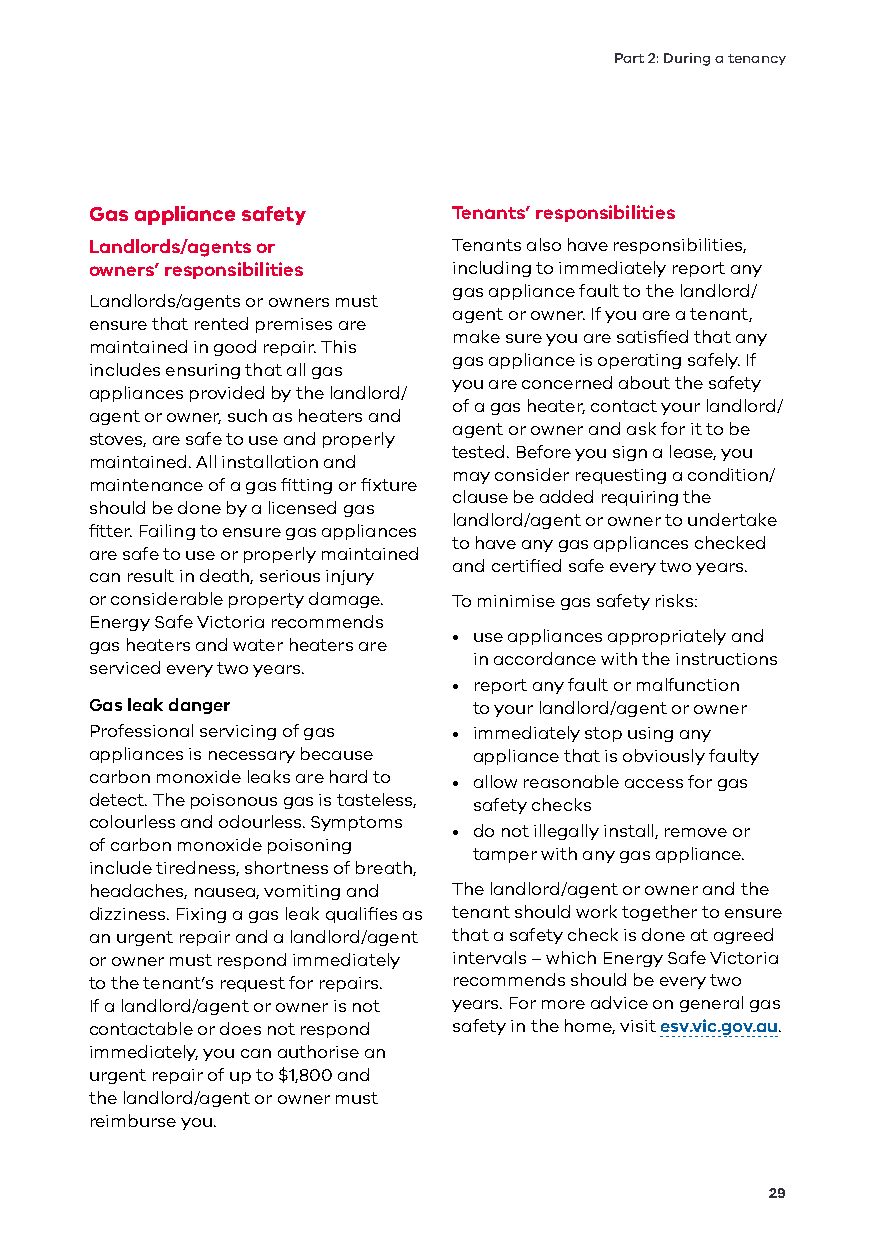
Part 2: During a tenancy
 Gas appliance safety    Tenants’ responsibilities
 Landlords/agents or     Tenants also have responsibilities,
 owners’ responsibilities including to immediately report any
 gas appliance fault to the landlord/
 Landlords/agents or owners must
 agent or owner. If you are a tenant,
 ensure that rented premises are
 make sure you are satisfied that any
 maintained in good repair. This
 gas appliance is operating safely. If
 includes ensuring that all gas
 you are concerned about the safety
 appliances provided by the landlord/
 of a gas heater, contact your landlord/
 agent or owner, such as heaters and
 agent or owner and ask for it to be
 stoves, are safe to use and properly
 tested. Before you sign a lease, you
 maintained. All installation and
 may consider requesting a condition/
 maintenance of a gas fitting or fixture
 clause be added requiring the
 should be done by a licensed gas
 landlord/agent or owner to undertake
 fitter. Failing to ensure gas appliances
 to have any gas appliances checked
 are safe to use or properly maintained
 and certified safe every two years.
 can result in death, serious injury
 or considerable property damage. To minimise gas safety risks:
 Energy Safe Victoria recommends
 • use appliances appropriately and
 gas heaters and water heaters are
 in accordance with the instructions
 serviced every two years.
 • report any fault or malfunction
 Gas leak danger          to your landlord/agent or owner
 Professional servicing of gas • immediately stop using any
 appliances is necessary because appliance that is obviously faulty
 carbon monoxide leaks are hard to • allow reasonable access for gas
 detect. The poisonous gas is tasteless, safety checks
 colourless and odourless. Symptoms
 • do not illegally install, remove or
 of carbon monoxide poisoning
 tamper with any gas appliance.
 include tiredness, shortness of breath,
 headaches, nausea, vomiting and The landlord/agent or owner and the
 dizziness. Fixing a gas leak qualifies as tenant should work together to ensure
 an urgent repair and a landlord/agent that a safety check is done at agreed
 or owner must respond immediately intervals – which Energy Safe Victoria
 to the tenant’s request for repairs. recommends should be every two
 If a landlord/agent or owner is not years. For more advice on general gas
 contactable or does not respond safety in the home, visit esv.vic.gov.au.
 immediately, you can authorise an
 urgent repair of up to $1,800 and
 the landlord/agent or owner must
 reimburse you.
 29